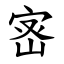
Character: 宻